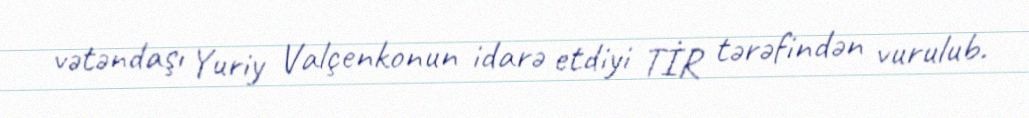
vətəndaşı Yuriy Valçenkonun idarə etdiyi TİR tərəfindən vurulub.